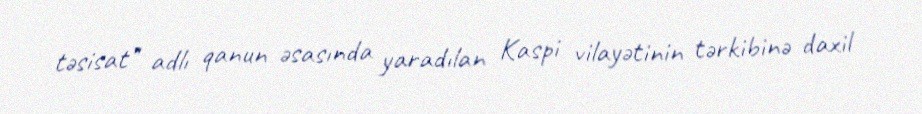
təsisat" adlı qanun əsasında yaradılan Kaspi vilayətinin tərkibinə daxil